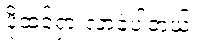
ပိုထင်ရှားလာခဲ့ပါတယ်။